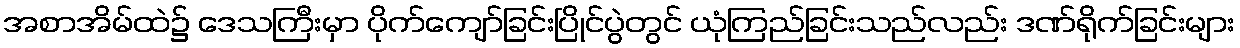
အစာအိမ်ထဲ၌ ဒေသကြီးမှာ ပိုက်ကျော်ခြင်းပြိုင်ပွဲတွင် ယုံကြည်ခြင်းသည်လည်း ဒဏ်ရိုက်ခြင်းများ